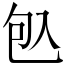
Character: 𠓨